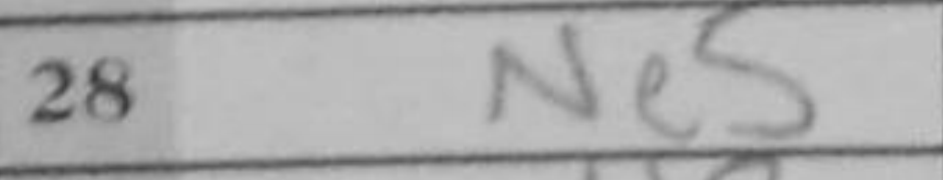
Transcription: Ne5